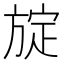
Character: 𪯻